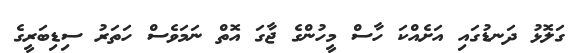
ގަލޮޅު ދަނޑުގައި އަށެއްކަ ހާސް މީހުންގެ ޖާގަ އޮތް ނަމަވެސް ހަތަރު ސިޑިބަރީގެ